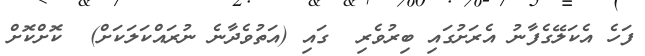
ފަހެ އެކަލޭގެފާނު އެރަށުގައި ބިރުވެރި  ގައި (އަތުވެދާނެ ނުރައްކަލަކަށް)  ކޮށްކޮށް